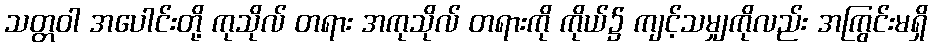
သတ္တဝါ အပေါင်းတို့ ကုသိုလ် တရား အကုသိုလ် တရားကို ကိုယ်၌ ကျင့်သမျှကိုလည်း အကြွင်းမရှိ